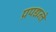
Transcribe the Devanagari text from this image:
प्रपद्यन्ते